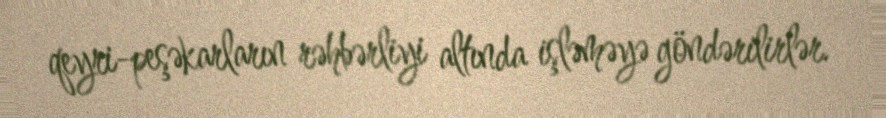
qeyri-peşəkarların rəhbərliyi altında işləməyə göndərilirlər.